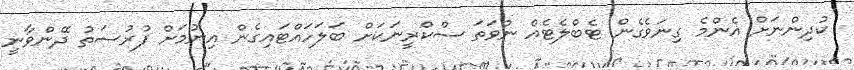
ކުދިންނަށް އެންމެ ގިނަވެގެން ޓެބްލެޓެއް ނުވަތަ ސްކްރީނަކަށް ބަލަހައްޓައިގެން އިނުމަށް ފުރުސަތު ދޭންވާނީ